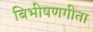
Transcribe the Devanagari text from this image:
बिभीषणगीता